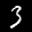
Label: 3